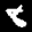
Label: 8